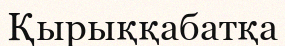
Қырыққабатқа